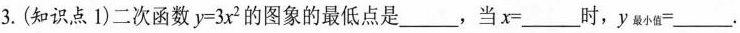
3.(知识点1)二次函数$$y=3x^{2}$$的图象的最低点是___，当$$x=___$$时，$$y_{最小值}=___$$。